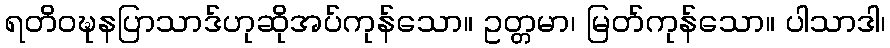
ရတိဝဍ္ဎနပြာသာဒ်ဟုဆိုအပ်ကုန်သော။ ဥတ္တမာ၊ မြတ်ကုန်သော။ ပါသာဒါ၊